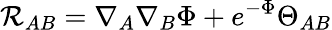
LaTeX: \mathcal{R}_{AB}=\nabla_{A}\nabla_{B}\Phi+e^{-\Phi}\Theta_{AB}